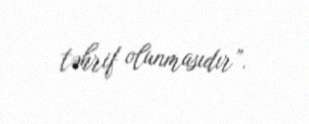
təhrif olunmasıdır”.